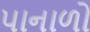
પાનાળો